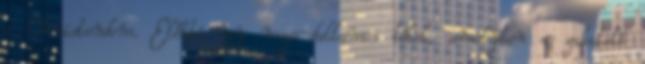
a Christendom. Előbbi egy mega-dallamos tétel, amelyben a zakatoló